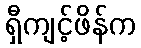
ရှီကျင့်ဖိန်က